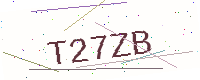
Text: T27ZB